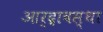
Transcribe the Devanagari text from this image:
आर्द्रावस्था